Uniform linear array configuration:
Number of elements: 24
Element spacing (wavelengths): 0.5
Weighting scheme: hann
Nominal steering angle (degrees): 15
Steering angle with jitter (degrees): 14.736
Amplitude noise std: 0.05
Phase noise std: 0.05

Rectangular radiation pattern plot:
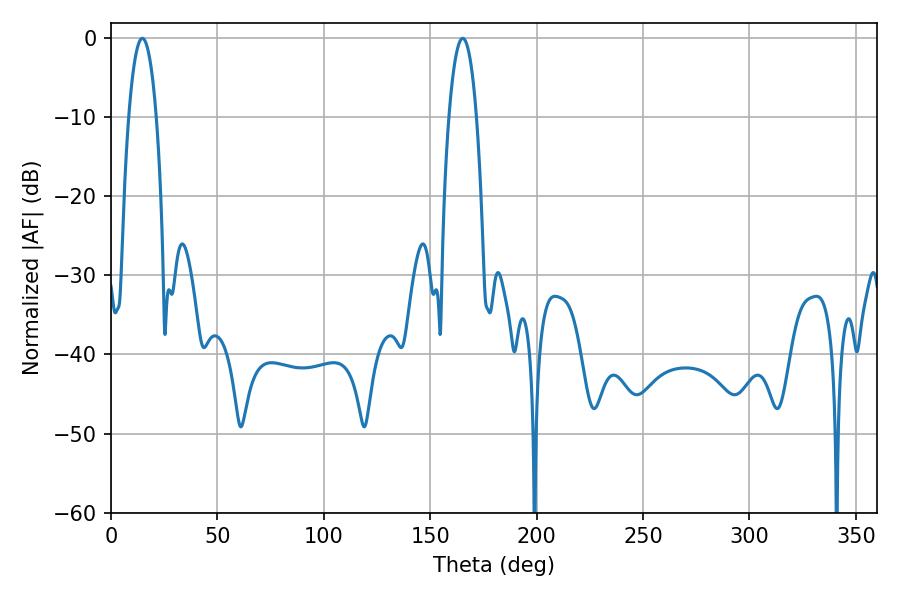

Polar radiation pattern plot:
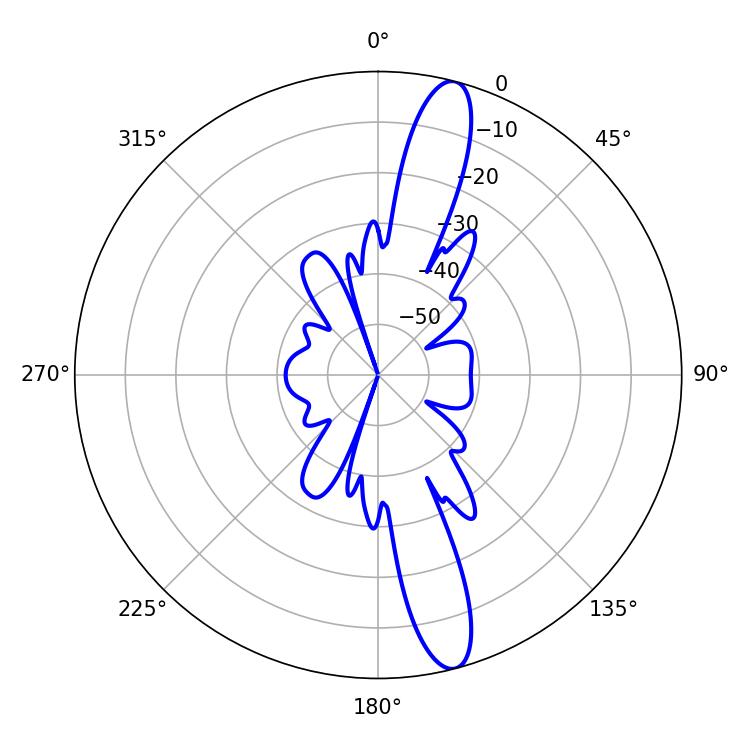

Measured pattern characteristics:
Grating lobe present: FALSE
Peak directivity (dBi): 14.633
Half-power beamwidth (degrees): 7.2
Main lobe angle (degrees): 14.76